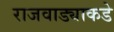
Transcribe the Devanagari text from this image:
राजवाड्याकडे